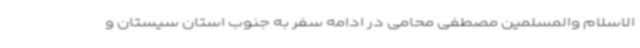
الاسلام والمسلمین مصطفی محامی در ادامه سفر به جنوب استان سیستان و